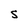
Character: S